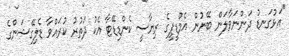
"އަޅުގަނޑު ދަންނަވާލަން ބޭނުން އެމްޑީޕީގެ ރިޔާސީ ކެންޑިޑޭޓާ އެކު ދަތުރު ކުރައްވާ ޑެލިގޭޝަންގެ